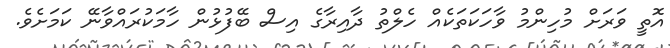
އޮތީ ވަރަށް މުހިންމު ވާހަކަތަކެއް ހެލްތު ދާއިރާގެ އިސް ބޭފުޅުން ހާމަކުރައްވާނޭ ކަމަށެވެ.